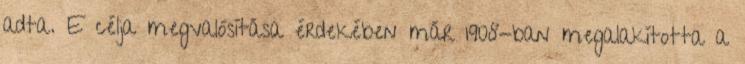
adta. E célja megvalósítása érdekében már 1908-ban megalakította a